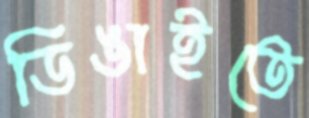
ডিঙাইতে